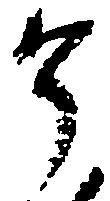
了